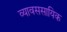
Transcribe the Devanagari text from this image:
व्यावससायिक